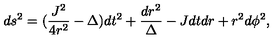
d s ^ { 2 } = ( \frac { J ^ { 2 } } { 4 r ^ { 2 } } - \Delta ) d t ^ { 2 } + \frac { d r ^ { 2 } } { \Delta } - J d t d r + r ^ { 2 } d \phi ^ { 2 } ,